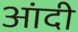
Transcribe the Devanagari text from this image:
आंदी